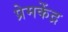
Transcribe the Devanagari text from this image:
प्रेमकेंद्र